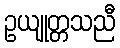
ဥယျုတ္တသညီ